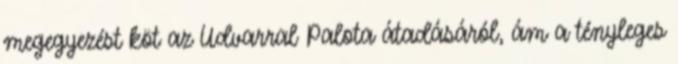
megegyezést köt az Udvarral Palota átadásáról, ám a tényleges